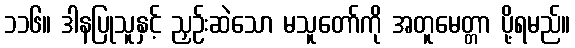
၁၁၆။ ဒါနပြုသူနှင့် ညှဉ်းဆဲသော မသူတော်ကို အတူမေတ္တာ ပို့ရမည်။